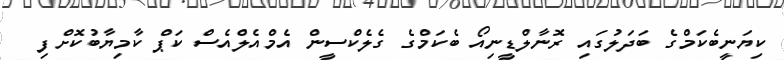
ކިޔަނީބެކަމްގެ ބަދަލުގައި ރޮނާލްޑީނިއޯ ބެކަމްގެ ގެލެކްސީން އެމްއެލްއެސް ކަޕް ކާމިޔާބުކޮށްފި